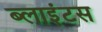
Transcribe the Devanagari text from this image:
ब्लाइंटस